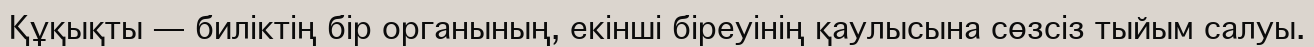
Құқықты — биліктің бір органының, екінші біреуінің қаулысына сөзсіз тыйым салуы.